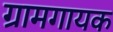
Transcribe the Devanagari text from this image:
ग्रामगायक